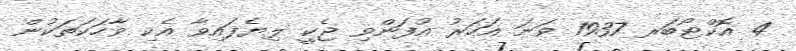
4 އޮކްޓޯބަރ 1937 ވަނަ އަހަރު އުފަންވި ޖެކީ ލިޔެފައިވާ އެކި ވާހަކަތަކުން